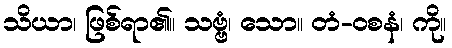
သိယာ၊ ဖြစ်ရာ၏။ သဗ္ဗံ၊ သော။ တံ-ဝစနံ၊ ကို။